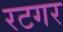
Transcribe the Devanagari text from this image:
रटगर